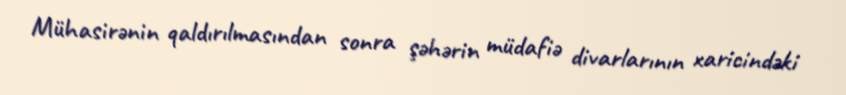
Mühasirənin qaldırılmasından sonra şəhərin müdafiə divarlarının xaricindəki